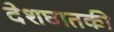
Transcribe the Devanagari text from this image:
देशघातकी